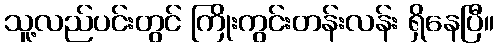
သူ့လည်ပင်းတွင် ကြိုးကွင်းတန်းလန်း ရှိနေပြီ။